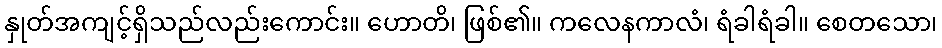
နှုတ်အကျင့်ရှိသည်လည်းကောင်း။ ဟောတိ၊ ဖြစ်၏။ ကလေနကာလံ၊ ရံခါရံခါ။ စေတသော၊